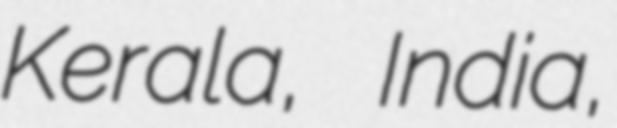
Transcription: Kerala, India,